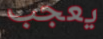
يعجب